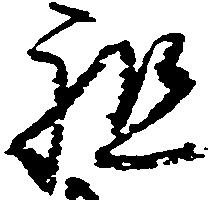
祖